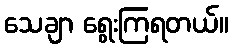
သေချာ ရွေးကြရတယ်။